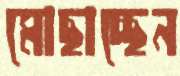
মোছাচ্ছেন